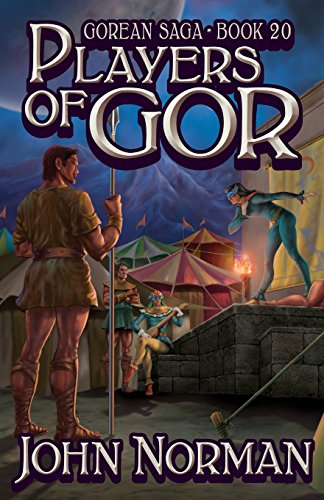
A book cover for Players of Gor (Gorean Saga); John Norman; Romance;